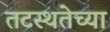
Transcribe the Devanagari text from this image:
तटस्थतेच्या